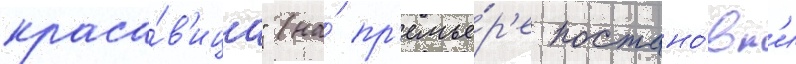
краса́в'ица" (на́ пр'емье́р'е постано́вк'и